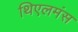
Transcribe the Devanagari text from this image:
थिएलमंस